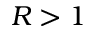
R > 1